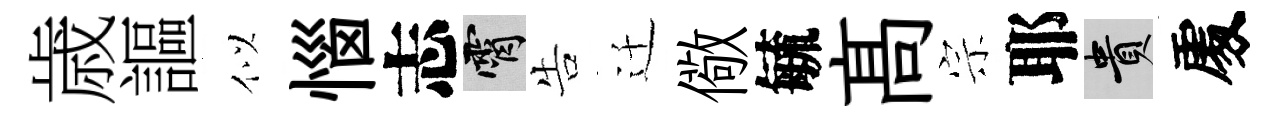
歳謳似惱志霄告迁儆毓髙宗耶貴𠁅